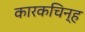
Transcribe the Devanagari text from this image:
कारकचिन्ह